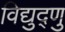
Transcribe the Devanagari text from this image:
विद्युद्णु